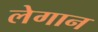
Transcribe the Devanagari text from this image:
लेगान